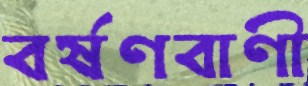
বর্ষণবাণী